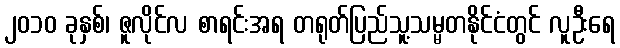
၂၀၁၀ ခုနှစ်၊ ဇူလိုင်လ စာရင်းအရ တရုတ်ပြည်သူ့သမ္မတနိုင်ငံတွင် လူဦးရေ